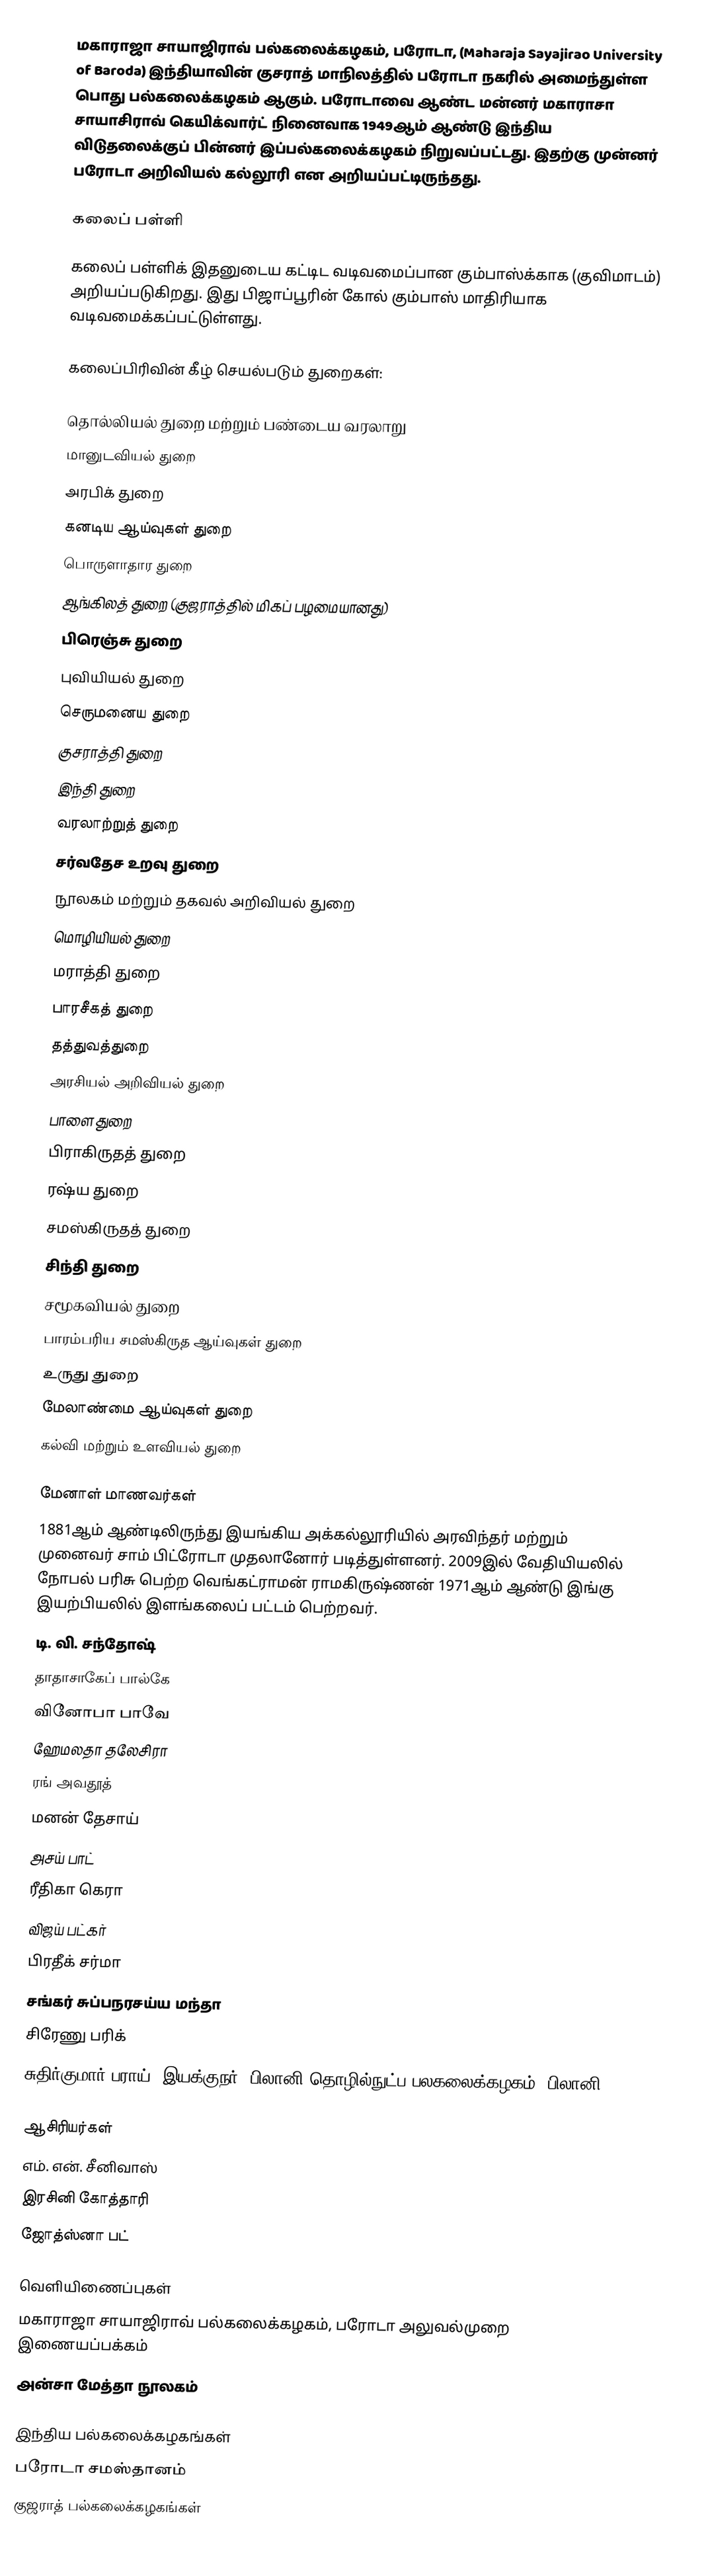
மகாராஜா சாயாஜிராவ் பல்கலைக்கழகம், பரோடா, (Maharaja Sayajirao University of Baroda) இந்தியாவின் குசராத் மாநிலத்தில் பரோடா நகரில் அமைந்துள்ள பொது பல்கலைக்கழகம் ஆகும். பரோடாவை ஆண்ட மன்னர் மகாராசா சாயாசிராவ் கெயிக்வார்ட் நினைவாக 1949ஆம் ஆண்டு இந்திய விடுதலைக்குப் பின்னர் இப்பல்கலைக்கழகம் நிறுவப்பட்டது. இதற்கு முன்னர் பரோடா அறிவியல் கல்லூரி என அறியப்பட்டிருந்தது.

கலைப் பள்ளி

கலைப் பள்ளிக் இதனுடைய கட்டிட வடிவமைப்பான கும்பாஸ்க்காக (குவிமாடம்) அறியப்படுகிறது. இது பிஜாப்பூரின் கோல் கும்பாஸ் மாதிரியாக வடிவமைக்கப்பட்டுள்ளது.

கலைப்பிரிவின் கீழ் செயல்படும் துறைகள்:

 தொல்லியல் துறை மற்றும் பண்டைய வரலாறு
 மானுடவியல் துறை
 அரபிக் துறை
 கனடிய ஆய்வுகள் துறை
 பொருளாதார துறை
 ஆங்கிலத் துறை (குஜராத்தில் மிகப் பழமையானது)
 பிரெஞ்சு துறை
 புவியியல் துறை
 செருமனைய துறை
 குசராத்தி துறை
 இந்தி துறை
 வரலாற்றுத் துறை
 சர்வதேச உறவு துறை
 நூலகம் மற்றும் தகவல் அறிவியல் துறை
 மொழியியல் துறை
 மராத்தி துறை
 பாரசீகத் துறை
 தத்துவத்துறை
 அரசியல் அறிவியல் துறை
 பாளை துறை
 பிராகிருதத் துறை
 ரஷ்ய துறை
 சமஸ்கிருதத் துறை
 சிந்தி துறை
 சமூகவியல் துறை
 பாரம்பரிய சமஸ்கிருத ஆய்வுகள் துறை
 உருது துறை
 மேலாண்மை ஆய்வுகள் துறை
 கல்வி மற்றும் உளவியல் துறை

மேனாள் மாணவர்கள்
1881ஆம் ஆண்டிலிருந்து இயங்கிய அக்கல்லூரியில் அரவிந்தர் மற்றும் முனைவர் சாம் பிட்ரோடா முதலானோர் படித்துள்ளனர். 2009இல் வேதியியலில் நோபல் பரிசு பெற்ற வெங்கட்ராமன் ராமகிருஷ்ணன் 1971ஆம் ஆண்டு இங்கு இயற்பியலில் இளங்கலைப் பட்டம் பெற்றவர்.
 டி. வி. சந்தோஷ்
 தாதாசாகேப் பால்கே
 வினோபா பாவே
 ஹேமலதா தலேசிரா
 ரங் அவதூத்
 மனன் தேசாய்
 அசய் பாட்
 ரீதிகா கெரா
 விஜய் பட்கர்
 பிரதீக் சர்மா
 சங்கர் சுப்பநரசய்ய மந்தா
 சிரேணு பரிக்
 சுதிர்குமார் பராய், இயக்குநர், பிலானி தொழில்நுட்ப பலகலைக்கழகம், பிலானி

ஆசிரியர்கள்
 எம். என். சீனிவாஸ்
 இரசினி கோத்தாரி
 ஜோத்ஸ்னா பட்

வெளியிணைப்புகள்
 மகாராஜா சாயாஜிராவ் பல்கலைக்கழகம், பரோடா அலுவல்முறை இணையப்பக்கம்
 அன்சா மேத்தா நூலகம்

இந்திய பல்கலைக்கழகங்கள்
பரோடா சமஸ்தானம்
குஜராத் பல்கலைக்கழகங்கள்